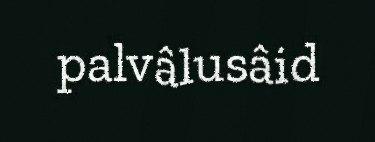
palvâlusâid